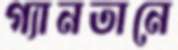
গ্যানতানে